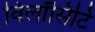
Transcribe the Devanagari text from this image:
विलॉसिटि